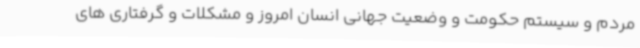
مردم و سیستم حکومت و وضعیت جهانی انسان امروز و مشکلات و گرفتاری های